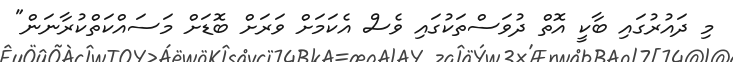
މި ދައުރުގައި ބާކީ އޮތް ދުވަސްތަކުގައި ވެސް އެކަމަށް ވަރަށް ބޮޑަށް މަސައްކަތްކުރާނަން"